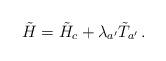
LaTeX: \begin{align*}\tilde H=\tilde H_c+\lambda_{a'}\tilde T_{a'}\,.\end{align*}